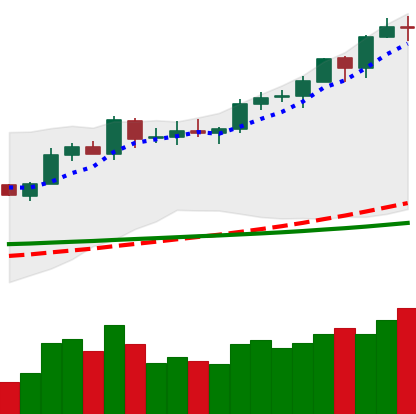
Ticker: EOS-USD
Chart end date: 2020-02-13
Forward return: -14.114%
Label: down_7plus